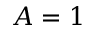
A = 1